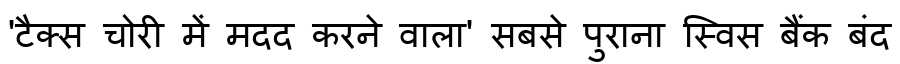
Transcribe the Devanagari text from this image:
'टैक्स चोरी में मदद करने वाला' सबसे पुराना स्विस बैंक बंद